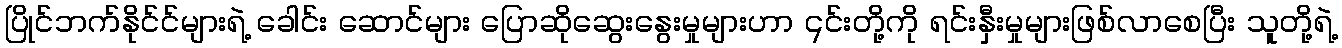
ပြိုင်ဘက်နိုင်င်များရဲ့ ခေါင်း ဆောင်များ ပြောဆိုဆွေးနွေးမှုများဟာ ၎င်းတို့ကို ရင်းနှီးမှုများဖြစ်လာစေပြီး သူတို့ရဲ့